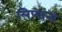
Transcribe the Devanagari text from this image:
लिप्यांना